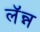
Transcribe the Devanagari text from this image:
लॅन्न